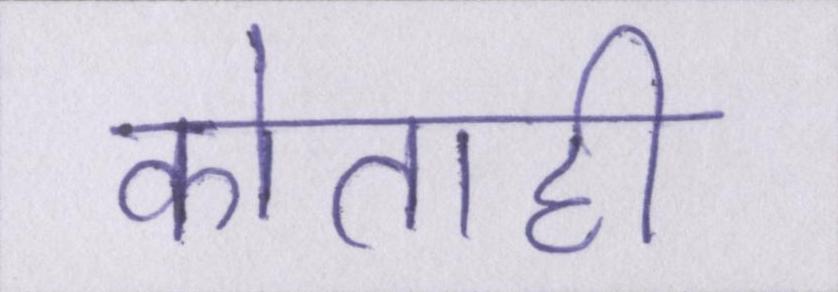
कोताही